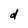
Character: d